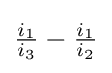
{\tfrac {i_{1}}{i_{3}}}-{\tfrac {i_{1}}{i_{2}}}